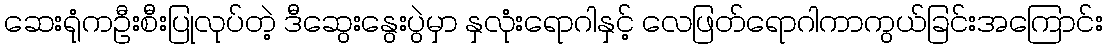
ဆေးရုံကဦးစီးပြုလုပ်တဲ့ ဒီဆွေးနွေးပွဲမှာ နှလုံးရောဂါနှင့် လေဖြတ်ရောဂါကာကွယ်ခြင်းအကြောင်း